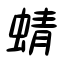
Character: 蜻